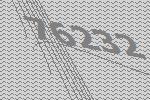
76232